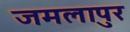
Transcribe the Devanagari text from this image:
जमलापुर